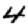
Digit: 4